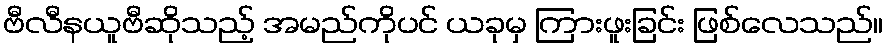
ဗီလီနယူဗီဆိုသည့် အမည်ကိုပင် ယခုမှ ကြားဖူးခြင်း ဖြစ်လေသည်။